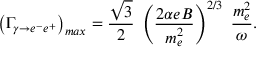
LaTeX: \left( \Gamma _ { \gamma \to e ^ { - } e ^ { + } } \right) _ { m a x } = \frac { \sqrt { 3 } } { 2 } \; \left( \frac { 2 \alpha e B } { m _ { e } ^ { 2 } } \right) ^ { 2 / 3 } \; \frac { m _ { e } ^ { 2 } } { \omega } .